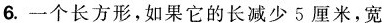
6.一个长方形，如果它的长减少5厘米，宽